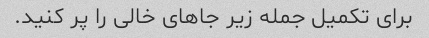
برای تکمیل جمله زیر جاهای خالی را پر کنید.